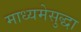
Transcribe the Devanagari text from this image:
माध्यमेसुद्धा